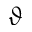
\vartheta